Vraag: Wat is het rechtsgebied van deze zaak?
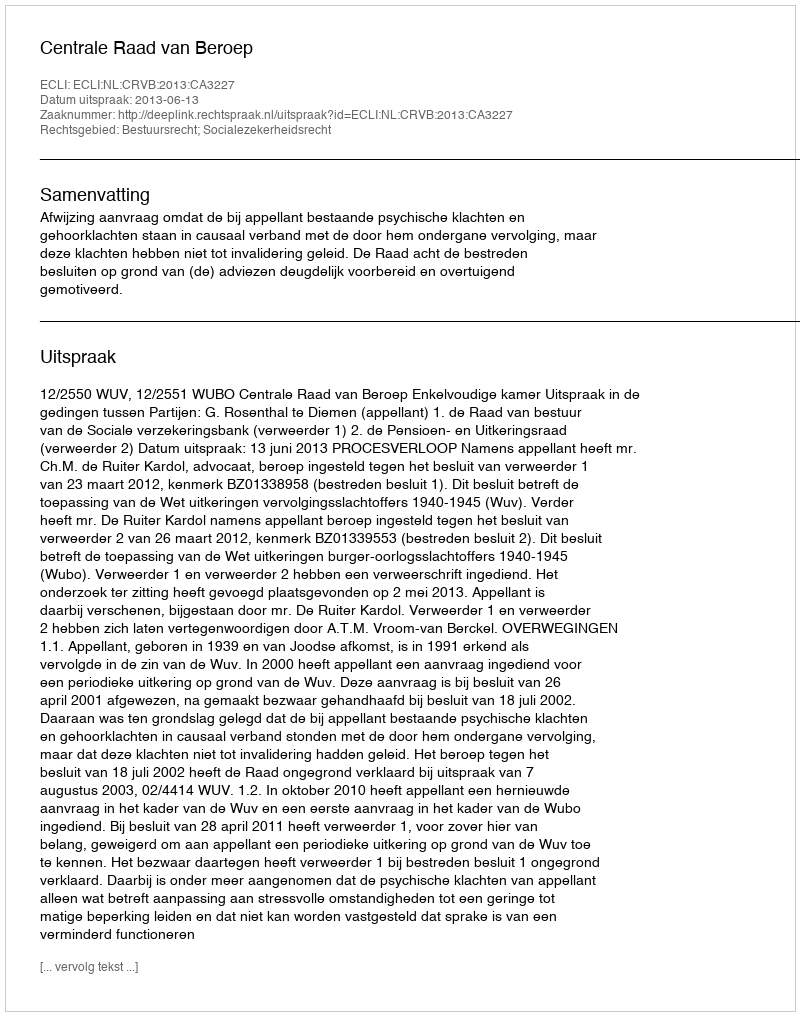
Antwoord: Bestuursrecht; Socialezekerheidsrecht